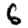
Digit: 6